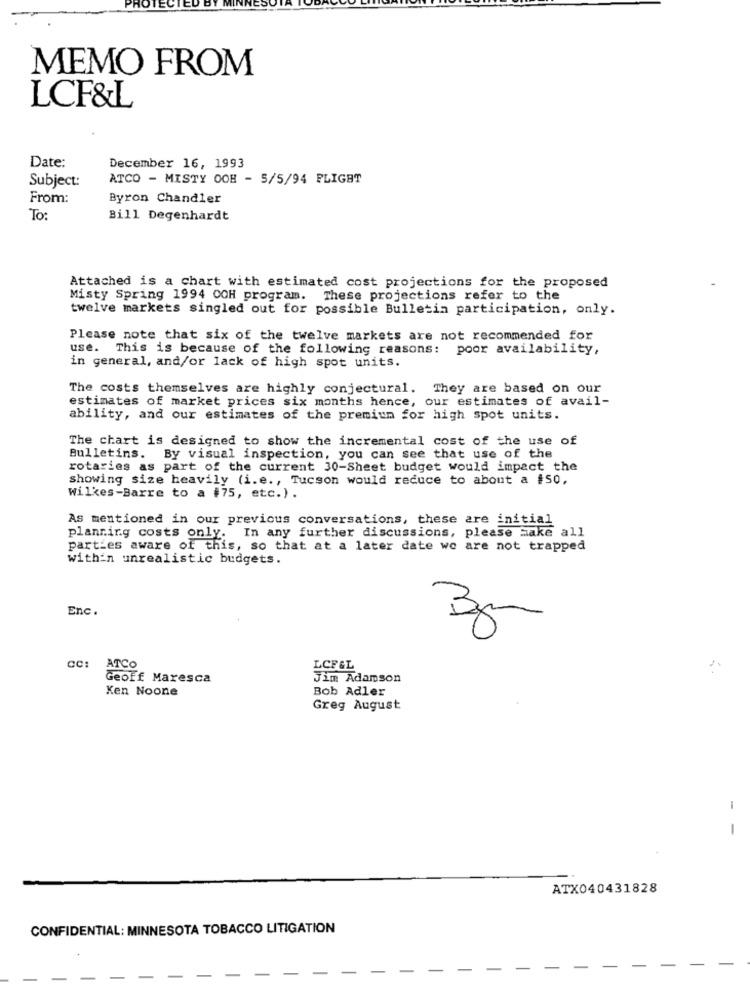
MEMO FROM
LCF&L
Date:
December 16, 1993
Subject:
ATCO - MISTY OOH - 5/5/94 FLIGHT
From:
Byron Chandler
To:
Bill Degenhardt
Attached is a chart with estimated cost projections for the proposed
Misty Spring 1994 OOH program. These projections refer to the
twelve markets singled out for possible Bulletin participation, only.
Please note that six of the twelve markets are not recommended for
use. This is because of the following reasons: poor availability,
in general, and/or lack of high spot units.
The costs themselves are highly conjectural. They are based on our
estimates of market prices six months hence, our estimates of avail-
ability, and our estimates of the premium for high spot units.
The chart is designed to show the incremental cost of the use of
Bulletins. By visual inspection, you can see that use of the
rotaries as part of the current 30-Sheet budget would impact the
showing size heavily (i.e ., Tucson would reduce to about a #50,
Wilkes-Barre to a #75, etc.).
As mentioned in our previous conversations, these are initial
planning costs only. In any further discussions, please Make all
parties aware of this, so that at a later date we are not trapped
within unrealistic budgets.
Enc.
ATCO
LCF&L
Geoff Maresca
Jim Adamson
Ken Noone
Bob Adler
Greg August
-
ATX040431828
CONFIDENTIAL: MINNESOTA TOBACCO LITIGATION